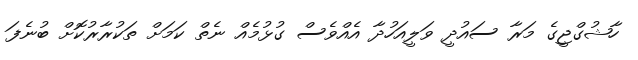
ހާޝުގްޖީގެ މަރާ ސައުދީ ވަލީއަހުދާ އެއްވެސް ގުޅުމެއް ނެތް ކަމަށް ތަކުރާރުކޮށް ބުނެފަ